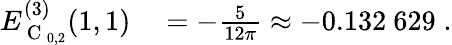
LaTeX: \begin{array}{rl}{E_{\mathrm{~C~}_{0,2}}^{(3)}(1,1)}&{{}=-\frac{5}{12\pi}\approx-0.132\ 629\; .}\end{array}